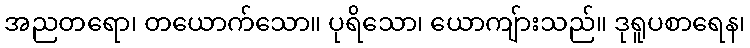
အညတရော၊ တယောက်သော။ ပုရိသော၊ ယောကျ်ားသည်။ ဒုရူပစာရေန၊